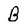
Character: B